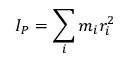
I _ { P } = \sum _ { i } m _ { i } r _ { i } ^ { 2 }